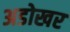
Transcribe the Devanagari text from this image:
अडोखर